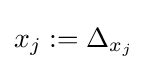
x_{j}:=\Delta _{x_{j}}